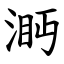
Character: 㴐